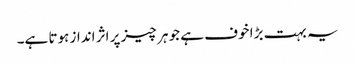
یہ بہت بڑا خوف ہے جو ہر چیز پر اثر انداز ہوتا ہے۔